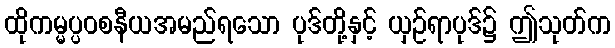
ထိုကမ္မပ္ပဝစနီယအမည်ရသော ပုဒ်တို့နှင့် ယှဉ်ရာပုဒ်၌ ဤသုတ်က